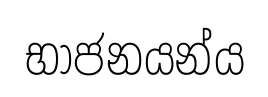
භාජනයන්ය